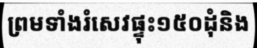
ព្រមទាំងរំសេវផ្ទុះ១៥០ដុំនិង